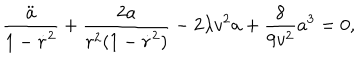
LaTeX: \frac { \ddot { a } } { 1 - \dot { r } ^ { 2 } } + \frac { 2 a } { r ^ { 2 } ( 1 - \dot { r } ^ { 2 } ) } - 2 \lambda v ^ { 2 } a + \frac { 8 } { 9 v ^ { 2 } } a ^ { 3 } = 0 ,